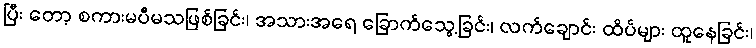
ပြီး တော့ စကားမပီမသဖြစ်ခြင်း၊ အသားအရေ ခြောက်သွေ့ခြင်း၊ လက်ချောင်း ထိပ်များ ထူနေခြင်း၊